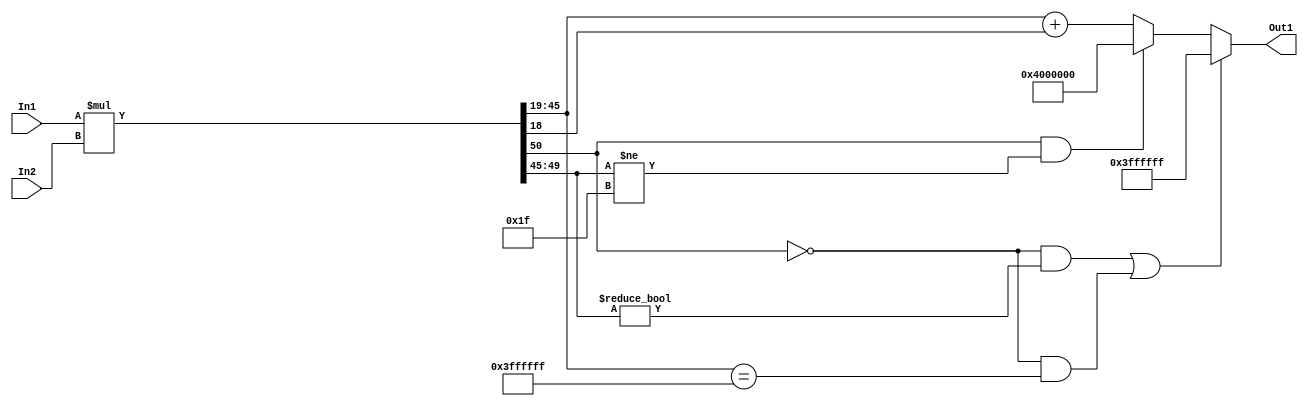
// -------------------------------------------------------------
// 
// 
// Generated by MATLAB 9.14 and HDL Coder 4.1
// 
// -------------------------------------------------------------


// -------------------------------------------------------------
// 
// Module: multa12_block
// Source Path: FP_sub/fp model/IIR_section_2/multa12
// Hierarchy Level: 2
// 
// -------------------------------------------------------------

`timescale 1 ns / 1 ns

module multa12_block
          (In2,
           In1,
           Out1);


  input   signed [14:0] In2;  // sfix15_En11
  input   signed [35:0] In1;  // sfix36_En27
  output  signed [26:0] Out1;  // sfix27_En19


  wire signed [50:0] multa12_mul_temp;  // sfix51_En38
  wire signed [26:0] multa12_out1;  // sfix27_En19


  assign multa12_mul_temp = In1 * In2;
  assign multa12_out1 = (((multa12_mul_temp[50] == 1'b0) && (multa12_mul_temp[49:45] != 5'b00000)) || ((multa12_mul_temp[50] == 1'b0) && (multa12_mul_temp[45:19] == 27'sb011111111111111111111111111)) ? 27'sb011111111111111111111111111 :
              ((multa12_mul_temp[50] == 1'b1) && (multa12_mul_temp[49:45] != 5'b11111) ? 27'sb100000000000000000000000000 :
              multa12_mul_temp[45:19] + $signed({1'b0, multa12_mul_temp[18]})));



  assign Out1 = multa12_out1;

endmodule  // multa12_block